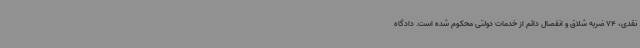
نقدی، 74 ضربه شلاق و انفصال دائم از خدمات دولتی محکوم شده است. دادگاه